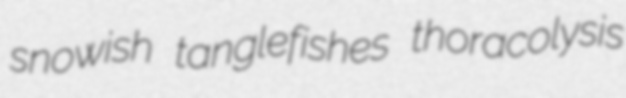
snowish tanglefishes thoracolysis